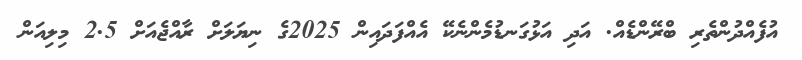
އުފެއްދުންތެރި ބްރޭންޑެއް. އަދި އަޅުގަނޑުމެންނެކޭ އެއްފަދައިން 2025ގެ ނިޔަލަށް ރާއްޖެއަށް 2.5 މިލިއަން